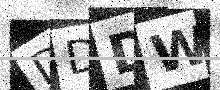
Text: DDDW